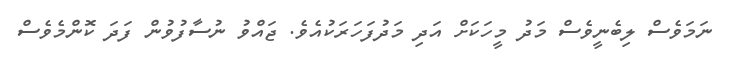
ނަމަވެސް ލިބެނީވެސް މަދު މީހަކަށް އަދި މަދުފަހަރަކުއެވެ. ޖައްވު ނުސާފުވުން ފަދަ ކޮންމެވެސް